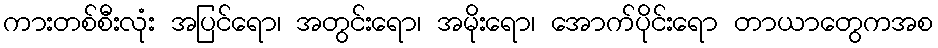
ကားတစ်စီးလုံး အပြင်ရော၊ အတွင်းရော၊ အမိုးရော၊ အောက်ပိုင်းရော တာယာတွေကအစ